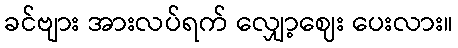
ခင်ဗျား အားလပ်ရက် လျှော့ဈေး ပေးလား။